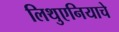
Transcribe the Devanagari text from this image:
लिथुएनियाचे